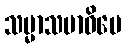
သမ္မာသမာဓိပေ